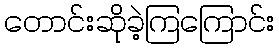
တောင်းဆိုခဲ့ကြကြောင်း